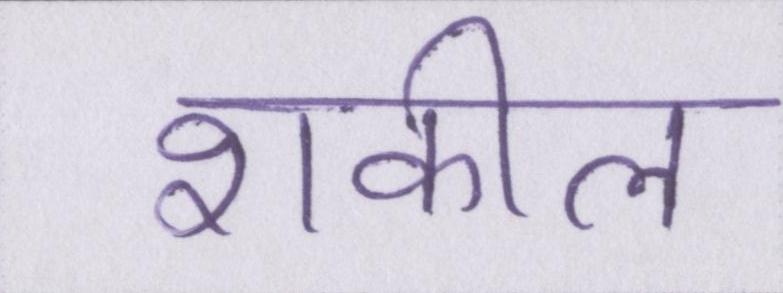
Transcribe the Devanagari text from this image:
शकील